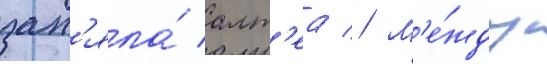
зан'яла́ алт'еа // М'е́жду